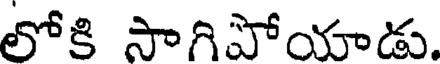
లోకి సాగిపోయాడు.